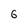
Character: 6